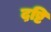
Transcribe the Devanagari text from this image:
द़ष्टि